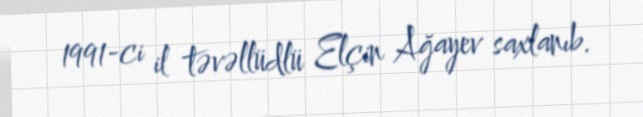
1991-ci il təvəllüdlü Elçin Ağayev saxlanıb.